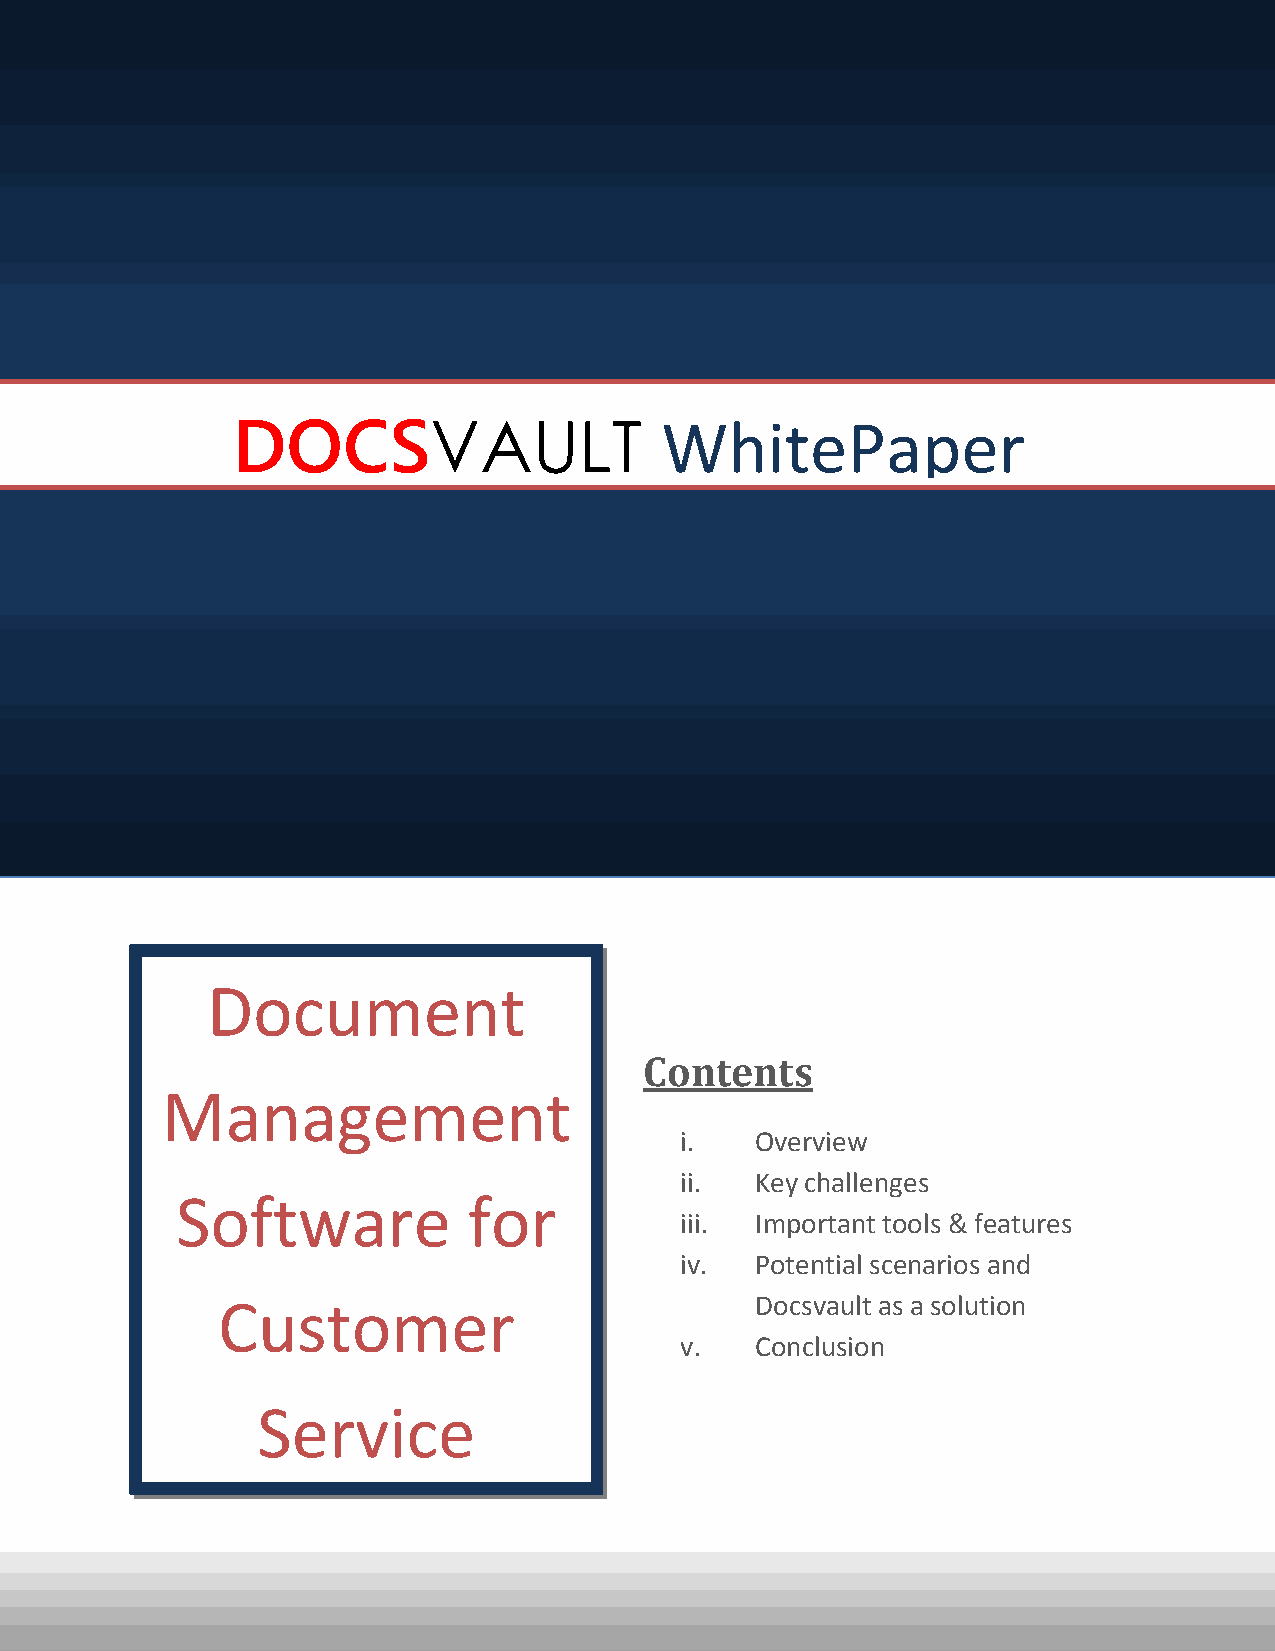
DOCSVAULT                    WhitePaper
 Document
 Contents
 Management
 i.   Overview
 ii.  Key challenges
 Software           for
 iii. Important tools & features
 iv.  Potential scenarios and
 Customer                            Docsvault as a solution
 v.   Conclusion
 Service